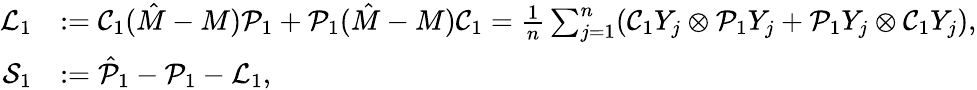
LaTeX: \begin{array}{rl}{{\cal L}_{1}}&{:={\cal C}_{1}(\hat{M}-M){\cal P}_{1}+{\cal P}_{1}(\hat{M}-M){\cal C}_{1}=\frac{1}{n}\sum_{j=1}^{n}({\cal C}_{1}Y_{j}\otimes{\cal P}_{1}Y_{j}+{\cal P}_{1}Y_{j}\otimes{\cal C}_{1}Y_{j}),}\\ {{\cal S}_{1}}&{:=\hat{{\cal P}}_{1}-{\cal P}_{1}-{\cal L}_{1},}\end{array}